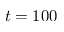
t = 1 0 0